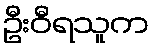
ဦးဝီရသူက